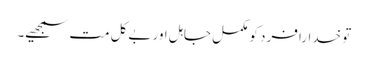
تو خدارا فرد کو مکمل جاہل اور بےکل مت سمجھیے۔